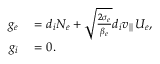
\begin{array} { r l } { g _ { e } } & { { } = d _ { i } N _ { e } + \sqrt { \frac { 2 \sigma _ { e } } { \beta _ { e } } } d _ { i } v _ { \parallel } U _ { e } , } \\ { g _ { i } } & { { } = 0 . } \end{array}